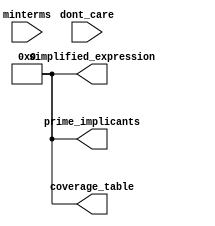
module prime_implicant_finder (
    input [3:0] minterms,           // Input minterms as a 4-bit binary number
    input [3:0] dont_care,          // Input don't care conditions
    output reg [15:0] prime_implicants, // Output prime implicants 
    output reg [15:0] coverage_table, // Coverage table
    output reg [15:0] simplified_expression // Simplified output expression
);

    reg [15:0] implicants;           // Intermediate implicants storage
    integer i, j;

    // Minterm Identification - Combine true minterms with don't care
    always @(*) begin
        implicants = 0;
        for (i = 0; i < 16; i = i + 1) begin
            if (minterms[i] || dont_care[i]) begin
                implicants[i] = 1;
            end
        end
    end

    // Implicant Generation - This is a simplistic way to illustrate combining minterms
    always @(*) begin
        // For simplicity, we consider pairs of minterms only (real implementation would be more complex)
        prime_implicants = 0;
        for (i = 0; i < 16; i = i + 1) begin
            for (j = i+1; j < 16; j = j + 1) begin
                if ((implicants[i] && implicants[j]) && (i & j) == (i ^ j)) begin
                    prime_implicants[i] = 1; // Indicating that this implicant is valid
                end
            end
        end
    end

    // Coverage Analysis - Identify which minterms are covered by which prime implicants
    always @(*) begin
        coverage_table = 0;
        for (i = 0; i < 16; i = i + 1) begin
            if (prime_implicants[i]) begin
                coverage_table = coverage_table | (1 << i); // Mark covered minterms
            end
        end
    end

    // Simplified Expression - Basic logic for expressing the simplified output
    always @(*) begin
        simplified_expression = 0;
        // Here you would generally translate prime_implicants into the canonical form
        // For simplicity, we will just show the implicants directly
        for (i = 0; i < 16; i = i + 1) begin
            if (prime_implicants[i]) begin
                simplified_expression = simplified_expression | (1 << i); // Simple representation
            end
        end
    end
endmodule